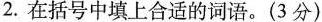
2.在括号中填上合适的词语。(3分)